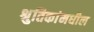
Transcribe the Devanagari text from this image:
श्रुतिकांमधील